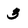
Character: 3